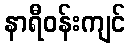
နာရီဝန်းကျင်